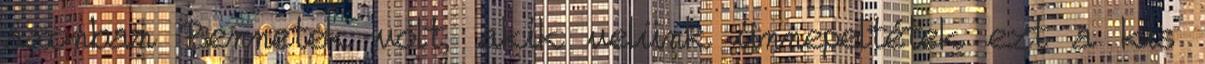
azonban Bennetek volt, akik velünk ünnepeltétek ezt a kis